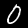
Label: 0